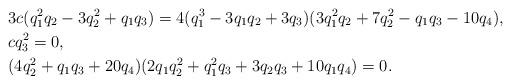
LaTeX: \begin{align*} &3 c (q_1^2 q_2 - 3 q_2^2 + q_1 q_3) = 4 (q_1^3 - 3 q_1 q_2 + 3 q_3) (3 q_1^2 q_2 + 7 q_2^2 - q_1 q_3 - 10 q_4), \\&c q_3^2 = 0, \\&(4 q_2^2 + q_1 q_3 + 20 q_4) ( 2 q_1 q_2^2 + q_1^2 q_3 + 3 q_2 q_3 + 10 q_1 q_4) = 0. \end{align*}